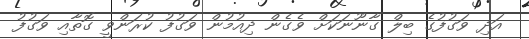
އަދި ވަގުފުގެ ބިލް ގާނޫނަކަށް ވެގެން ދިއުމުން ވަގުފު ކުރަންވީ ގޮތާއި ވަގުފު